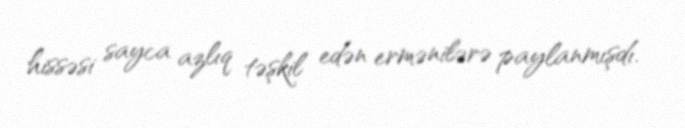
hissəsi sayca azlıq təşkil edən ermənilərə paylanmışdı.